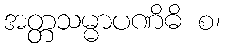
အတ္တသမ္မာပဏိဓိ စ၊